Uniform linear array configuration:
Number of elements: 16
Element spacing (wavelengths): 1
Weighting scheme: hamming
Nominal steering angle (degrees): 15
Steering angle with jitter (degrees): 13.926
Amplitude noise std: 0.05
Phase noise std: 0.05

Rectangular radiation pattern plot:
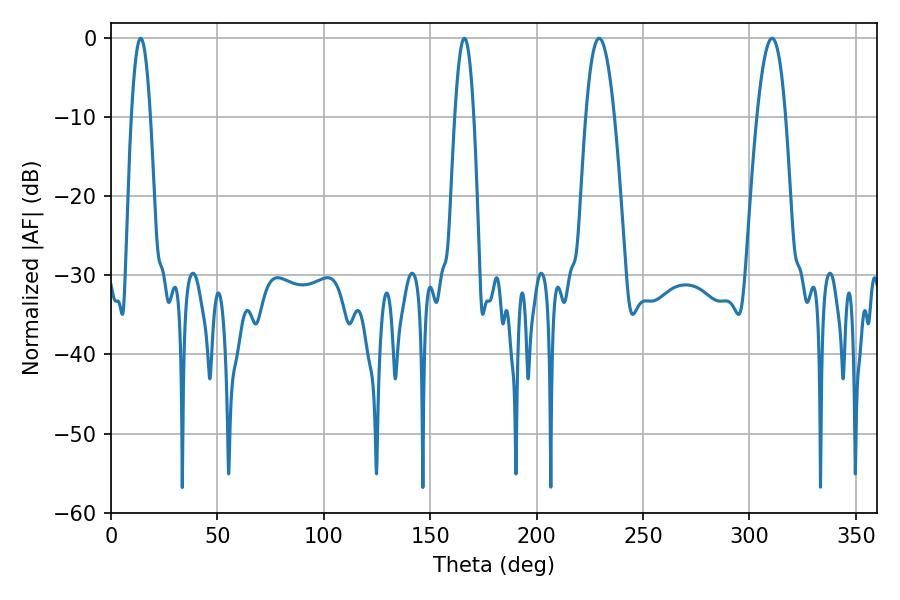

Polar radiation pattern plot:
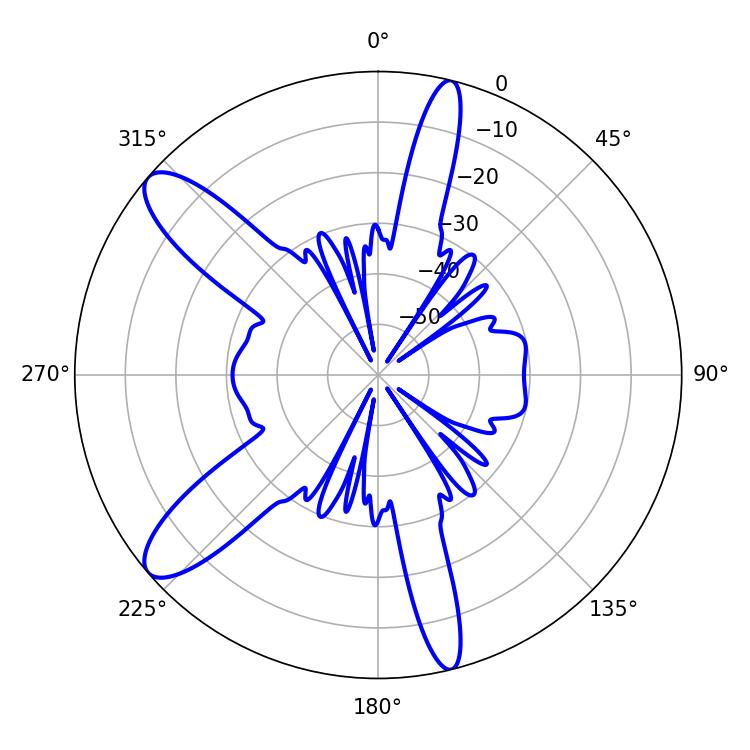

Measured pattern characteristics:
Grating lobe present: TRUE
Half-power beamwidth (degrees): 7.38
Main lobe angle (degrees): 229.32